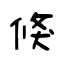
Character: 倏